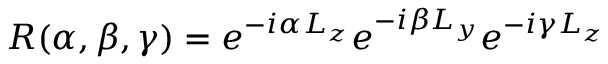
{ \cal R } ( \alpha , \beta , \gamma ) = e ^ { - i \alpha L _ { z } } e ^ { - i \beta L _ { y } } e ^ { - i \gamma L _ { z } }